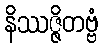
နိဿဇ္ဇိတဗ္ဗံ